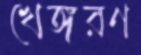
খেঙ্গরণ